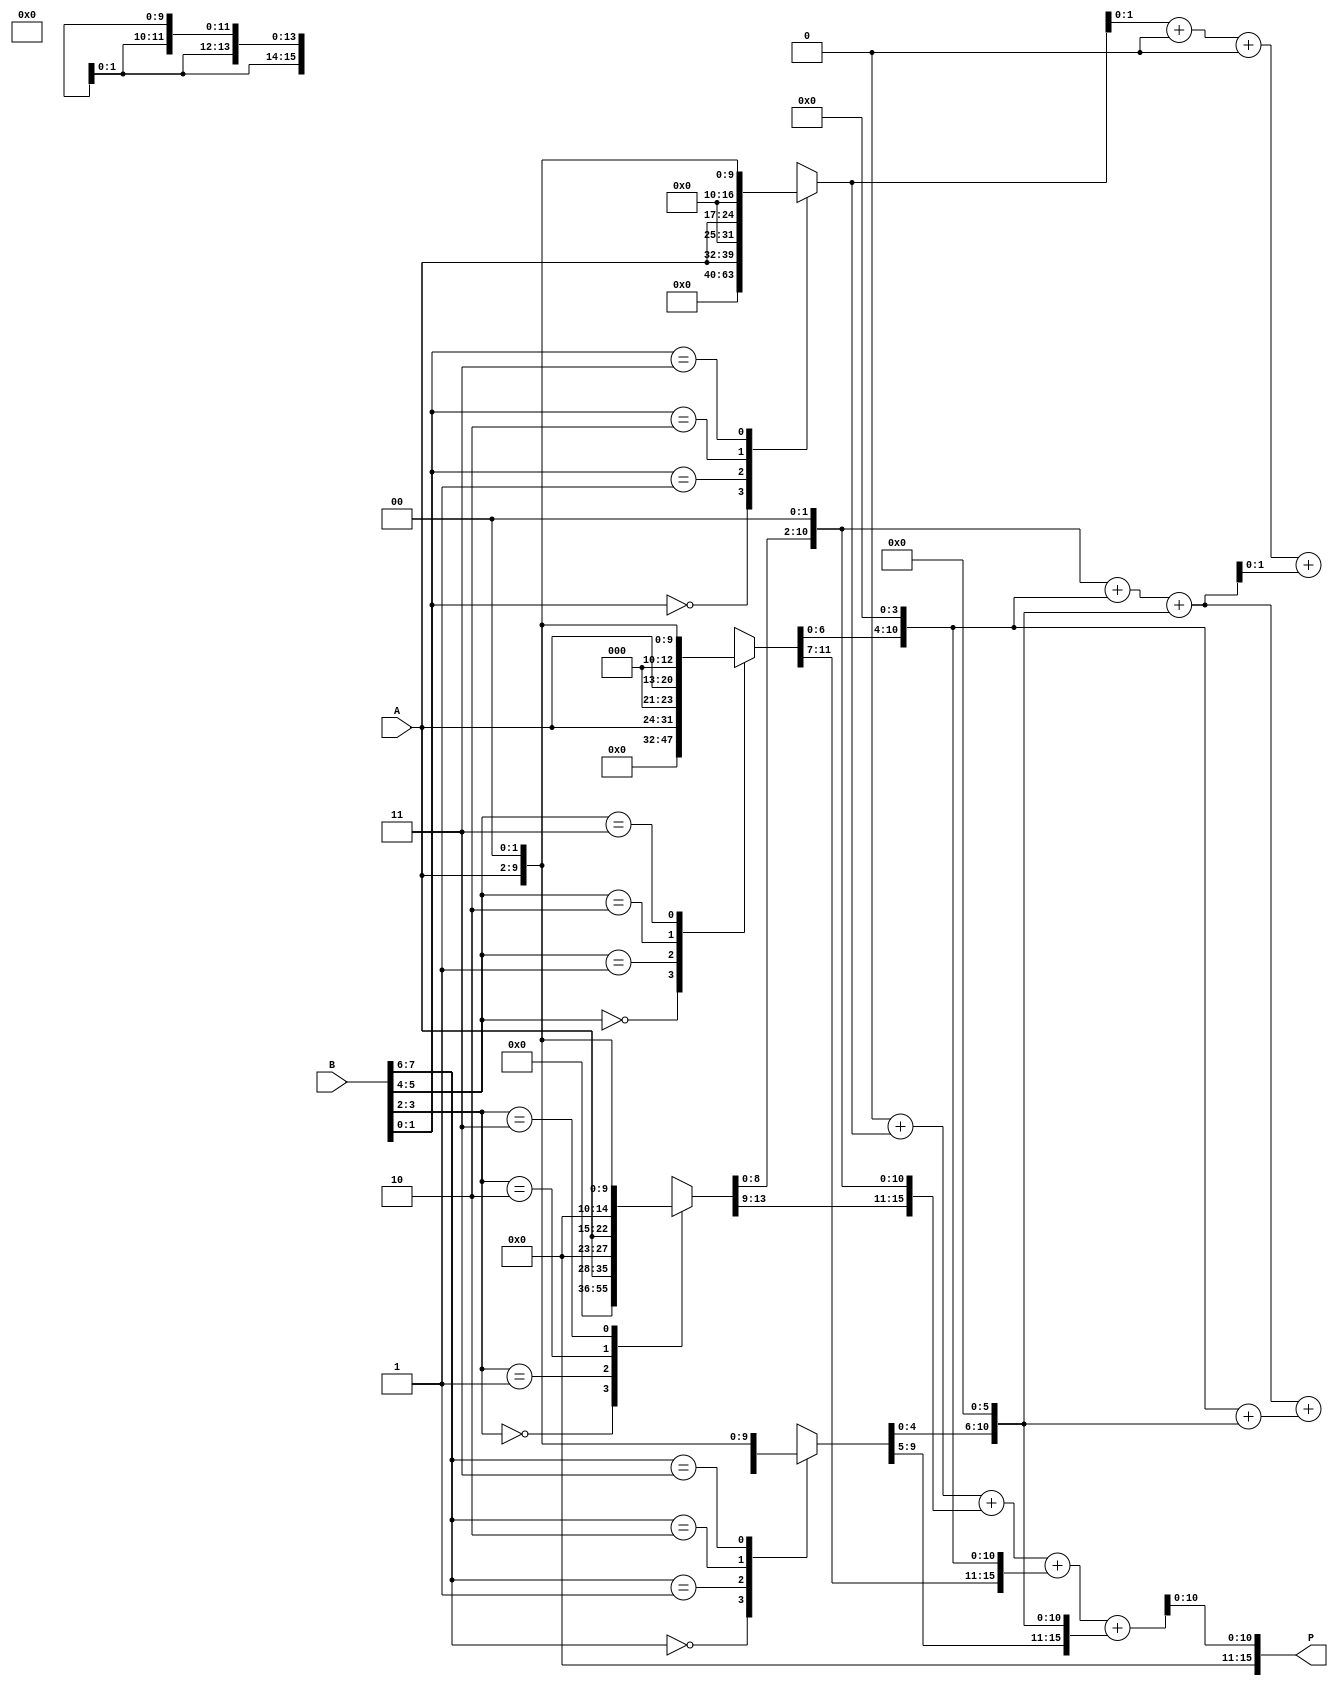
module radix4_wallace_multiplier #(parameter N = 8) (
    input [N-1:0] A,
    input [N-1:0] B,
    output reg [2*N-1:0] P
);

    // Generate partial products based on Radix-4 encoding
    reg [2*N-1:0] pp [0:((N+1)/2)-1][0:3]; // Partial products
    integer i;

    // Generate partial products
    always @(*) begin
        for (i = 0; i < (N + 1) / 2; i = i + 1) begin
            case (B[2*i +: 2])
                2'b00: pp[i][0] = 0;
                2'b01: pp[i][0] = A;
                2'b10: pp[i][0] = (A << 1);
                2'b11: pp[i][0] = (A << 2);
            endcase
            // Offset the bits for correct positioning
            pp[i][0] = pp[i][0] << (2*i);
        end
    end

    // Wallace Tree Reduction
    reg [(2*N-1):0] sum_level[0:(N/2)-1];
    reg [N:0] carry_level[0:(N/2)-1];

    always @(*) begin
        // Initialize sums and carries
        for (i = 0; i < (N/2); i = i + 1) begin
            sum_level[i] = 0;
            carry_level[i] = 0;
        end

        // First level of reduction
        for (i = 0; i < (N + 1) / 2; i = i + 1) begin
            sum_level[i] = pp[i][0];
            if (i + 1 < (N + 1) / 2) begin
                sum_level[i] = sum_level[i] + pp[i + 1][0];
            end
            if (i + 2 < (N + 1) / 2) begin
                sum_level[i] = sum_level[i] + pp[i + 2][0];
            end
        end
        
        // Carry propagation and final summation
        for (i = 0; i < (N/2)-1; i = i + 1) begin
            {carry_level[i + 1], P[i*2 +: 2]} = sum_level[i] + sum_level[i + 1];
        end

        // Final addition if needed
        P[2*N-1:2] = carry_level[(N/2)-2];
    end

    // Final product assignment
    always @(*) begin
        P = 0; // Initialize product
        for (i = 0; i < (N + 1) / 2; i = i + 1) begin
            P = P + pp[i][0];
        end
    end
endmodule